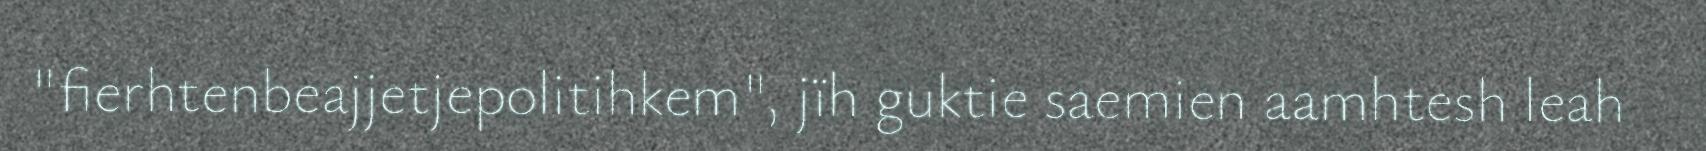
"fierhtenbeajjetjepolitihkem", jïh guktie saemien aamhtesh leah